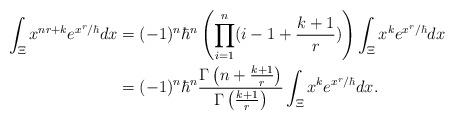
LaTeX: \begin{align*}\int_{\Xi} x^{nr+k} e^{x^r/\hbar}dx = {} &(-1)^n\hbar^n \left(\prod_{i=1}^n (i -1+ \frac{k+1}{r})\right) \int_{\Xi} x^{k} e^{x^r/\hbar}dx\\= {} & (-1)^n\hbar^n \frac{\Gamma\left(n+\frac{k+1}{r}\right)}{\Gamma\left(\frac{k+1}{r}\right)}\int_{\Xi} x^{k} e^{x^r/\hbar}dx.\end{align*}